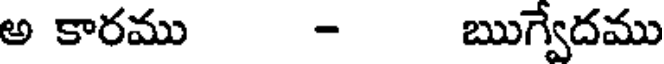
అ కారము - ఋగ్వేదము